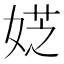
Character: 𡝳